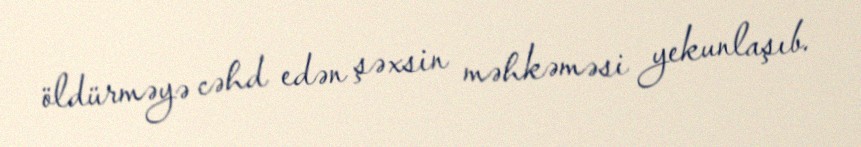
öldürməyə cəhd edən şəxsin məhkəməsi yekunlaşıb.